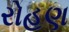
રોહણ